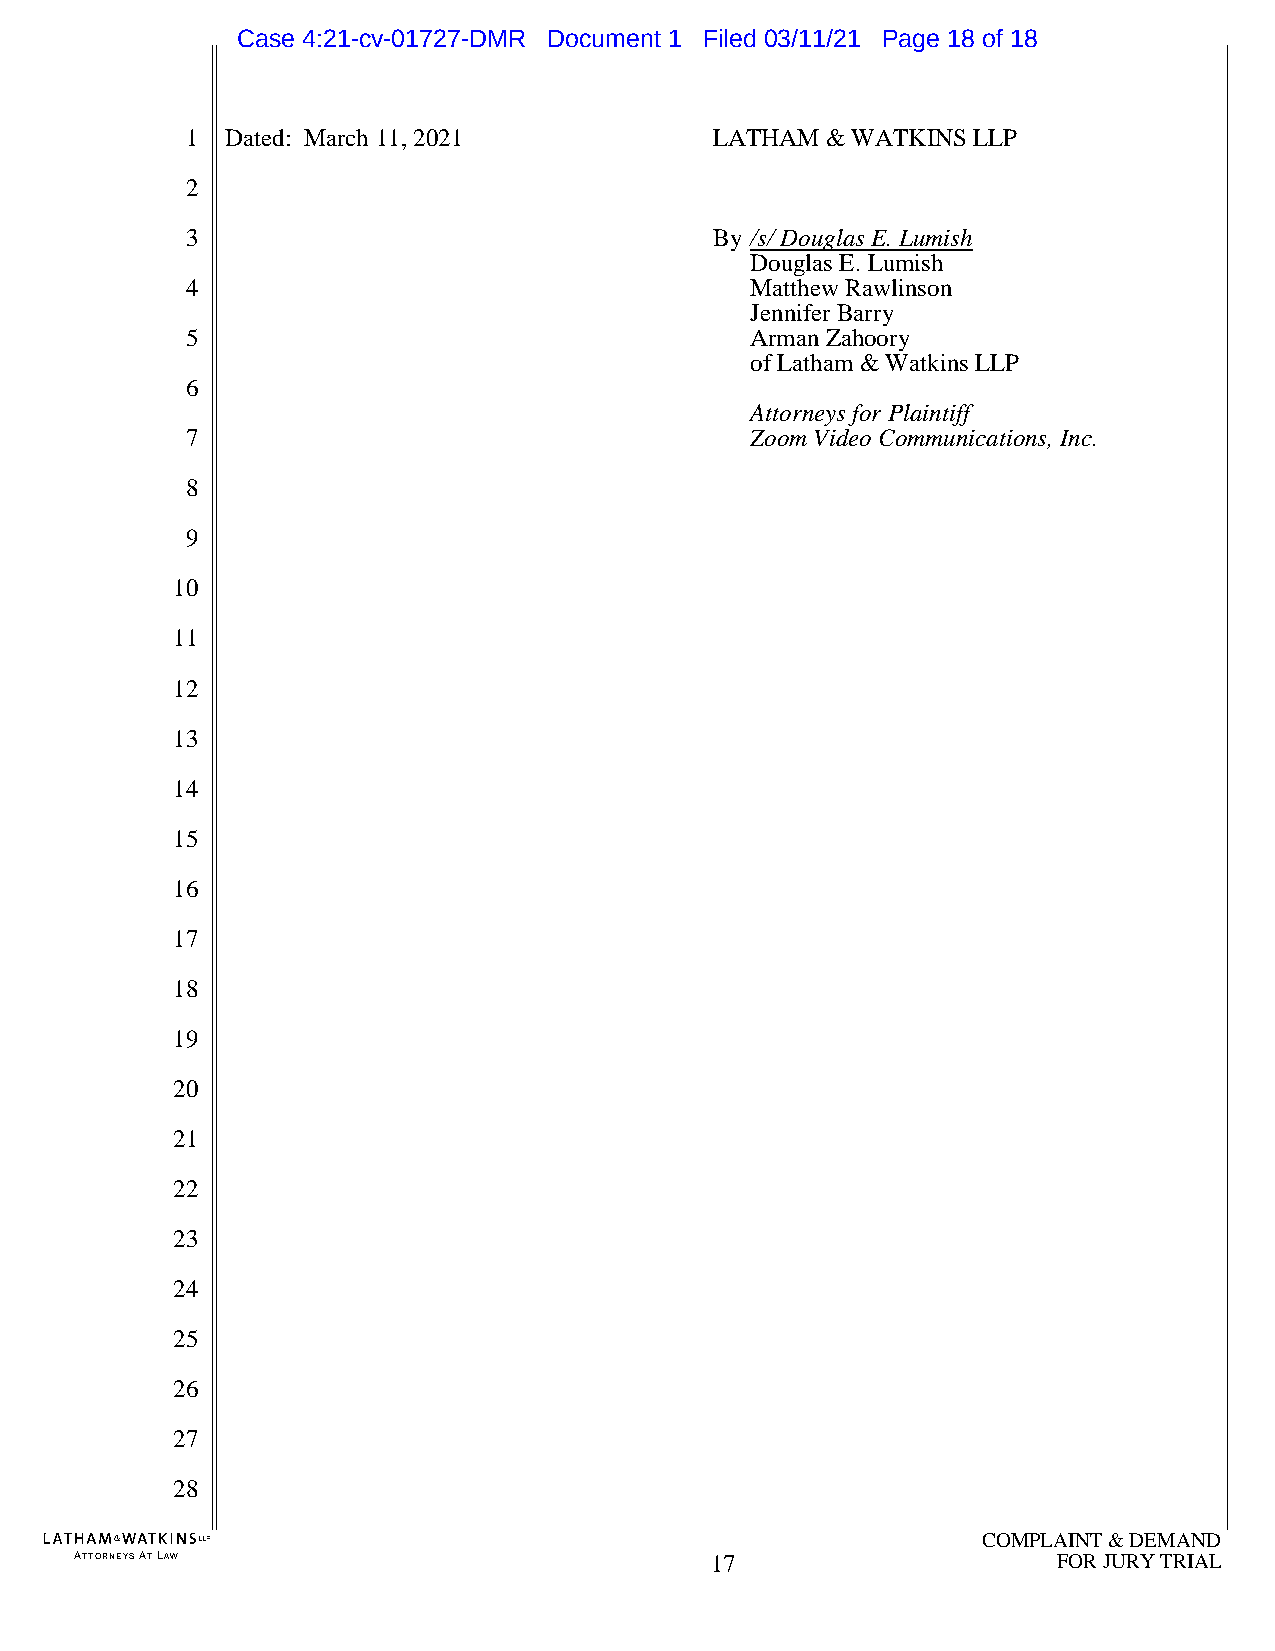
Case 4:21-cv-01727-DMR Document 1 Filed 03/11/21 Page 18 of 18
 1  Dated: March 11, 2021           LATHAM  & WATKINS LLP
 2
 3                                  By /s/ Douglas E. Lumish
 Douglas E. Lumish
 4                                     Matthew Rawlinson
 Jennifer Barry
 5                                     Arman Zahoory
 of Latham & Watkins LLP
 6
 Attorneys for Plaintiff
 7                                     Zoom Video Communications, Inc.
 8
 9
 10
 11
 12
 13
 14
 15
 16
 17
 18
 19
 20
 21
 22
 23
 24
 25
 26
 27
 28
 COMPLAINT & DEMAND
 ATTORNEYS AT LAW                          17                     FOR JURY TRIAL